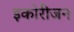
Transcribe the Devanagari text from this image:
इकोरीजन